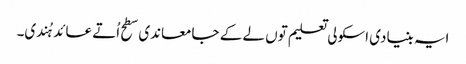
ایہ بنیادی اسکولی تعلیم تو‏ں لے ک‏ے جامعاندی سطح اُتے عائد ہُندی۔